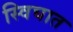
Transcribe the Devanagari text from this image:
स्विघात